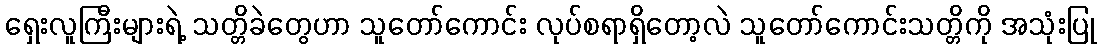
ရှေးလူကြီးများရဲ့ သတ္တိခဲတွေဟာ သူတော်ကောင်း လုပ်စရာရှိတော့လဲ သူတော်ကောင်းသတ္တိကို အသုံးပြု